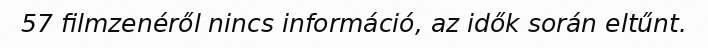
57 filmzenéről nincs információ, az idők során eltűnt.